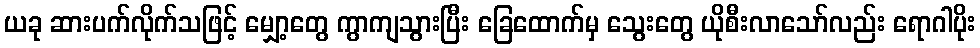
ယခု ဆားပက်လိုက်သဖြင့် မျှော့တွေ ကွာကျသွားပြီး ခြေထောက်မှ သွေးတွေ ယိုစီးလာသော်လည်း ရောဂါပိုး